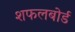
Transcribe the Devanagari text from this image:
शफलबोर्ड